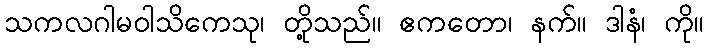
သကလဂါမဝါသိကေသု၊ တို့သည်။ ဧကတော၊ နက်။ ဒါနံ၊ ကို။